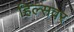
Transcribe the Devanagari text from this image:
हिल्सवर